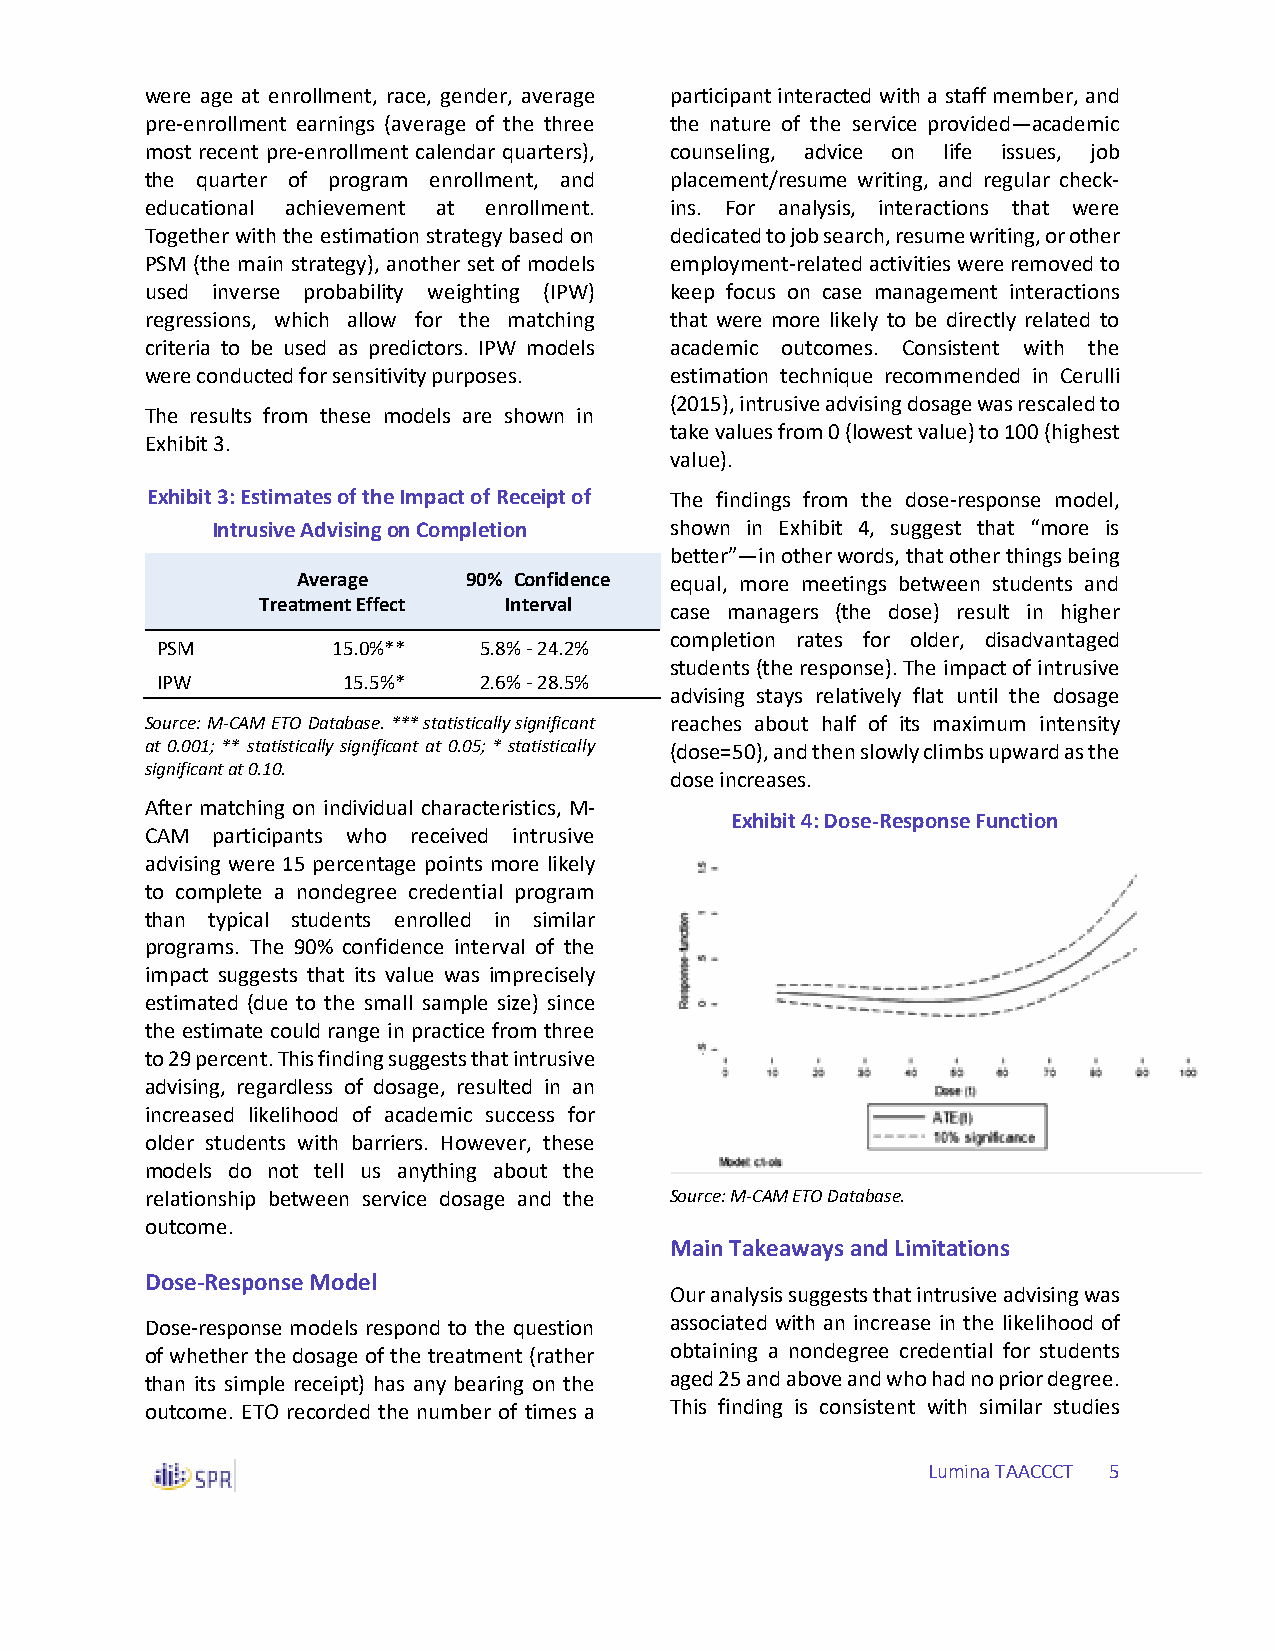
were age at enrollment, race, gender, average participant interacted with a staff member, and
 pre-enrollment earnings (average of the three the nature of the service provided—academic
 most recent pre-enrollment calendar quarters), counseling, advice on life issues, job
 the quarter of program enrollment, and placement/resume writing, and regular check-
 educational achievement at enrollment. ins. For analysis, interactions that were
 Together with the estimation strategy based on dedicated to job search, resume writing, or other
 PSM (the main strategy), another set of models employment-related activities were removed to
 used inverse probability weighting (IPW) keep focus on case management interactions
 regressions, which allow for the matching that were more likely to be directly related to
 criteria to be used as predictors. IPW models academic outcomes. Consistent with the
 were conducted for sensitivity purposes. estimation technique recommended in Cerulli
 (2015), intrusive advising dosage was rescaled to
 The results from these models are shown in
 take values from 0 (lowest value) to 100 (highest
 Exhibit 3.
 value).
 Exhibit 3: Estimates of the Impact of Receipt of The findings from the dose-response model,
 Intrusive Advising on Completion shown in Exhibit 4, suggest that “more is
 better”—in other words, that other things being
 Average    90% Confidence equal, more meetings between students and
 Treatment Effect Interval  case managers (the dose) result in higher
 completion rates for older, disadvantaged
 PSM         15.0%**   5.8% - 24.2%
 students (the response). The impact of intrusive
 IPW          15.5%*   2.6% - 28.5%
 advising stays relatively flat until the dosage
 Source: M-CAM ETO Database. *** statistically significant reaches about half of its maximum intensity
 at 0.001; ** statistically significant at 0.05; * statistically (dose=50), and then slowly climbs upward as the
 significant at 0.10.
 dose increases.
 After matching on individual characteristics, M-
 Exhibit 4: Dose-Response Function
 CAM participants who received intrusive
 advising were 15 percentage points more likely
 to complete a nondegree credential program
 than typical students enrolled in similar
 programs. The 90% confidence interval of the
 impact suggests that its value was imprecisely
 estimated (due to the small sample size) since
 the estimate could range in practice from three
 to 29 percent. This finding suggests that intrusive
 advising, regardless of dosage, resulted in an
 increased likelihood of academic success for
 older students with barriers. However, these
 models do not tell us anything about the
 relationship between service dosage and the Source: M-CAM ETO Database.
 outcome.
 Main Takeaways and Limitations
 Dose-Response Model
 Our analysis suggests that intrusive advising was
 Dose-response models respond to the question associated with an increase in the likelihood of
 of whether the dosage of the treatment (rather obtaining a nondegree credential for students
 than its simple receipt) has any bearing on the aged 25 and above and who had no prior degree.
 outcome. ETO recorded the number of times a This finding is consistent with similar studies
 Lumina TAACCCT 5